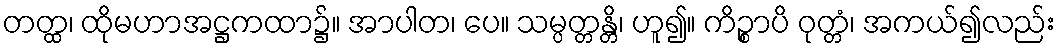
တတ္ထ၊ ထိုမဟာအဋ္ဌကထာ၌။ အာပါတ၊ ပေ။ သမ္ပတ္တန္တိ၊ ဟူ၍။ ကိဉ္စာပိ ဝုတ္တံ၊ အကယ်၍လည်း